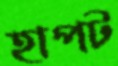
হাপট